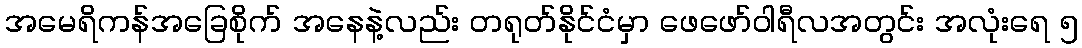
အမေရိကန်အခြေစိုက် အနေနဲ့လည်း တရုတ်နိုင်ငံမှာ ဖေဖော်ဝါရီလအတွင်း အလုံးရေ ၅